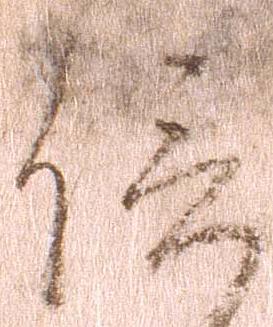
信